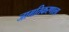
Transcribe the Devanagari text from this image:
जागतिकरणाला